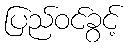
ပြည်ဝင်ခွင့်